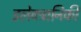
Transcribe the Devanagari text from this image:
इलेक्‍ट्रानिकी